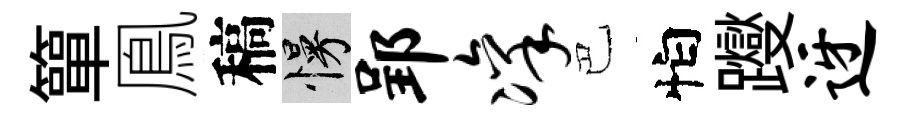
簞鳯稿慢郢凛巴怕躞迓